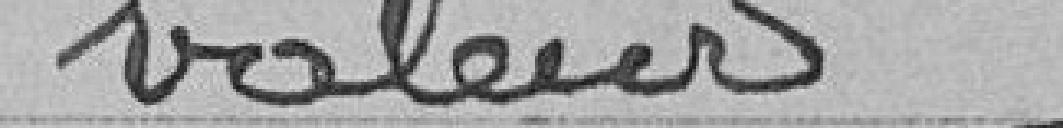
valeurs